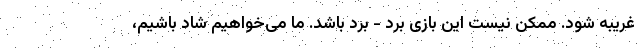
غریبه شود. ممکن نیست این بازی برد - برد باشد. ما می‌خواهیم شاد باشیم،